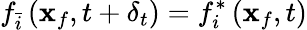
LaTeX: f_{\bar{i}}\left(\mathbf{x}_{f},t+\delta_{t}\right)=f_{i}^{*}\left(\mathbf{x}_{f},t\right)